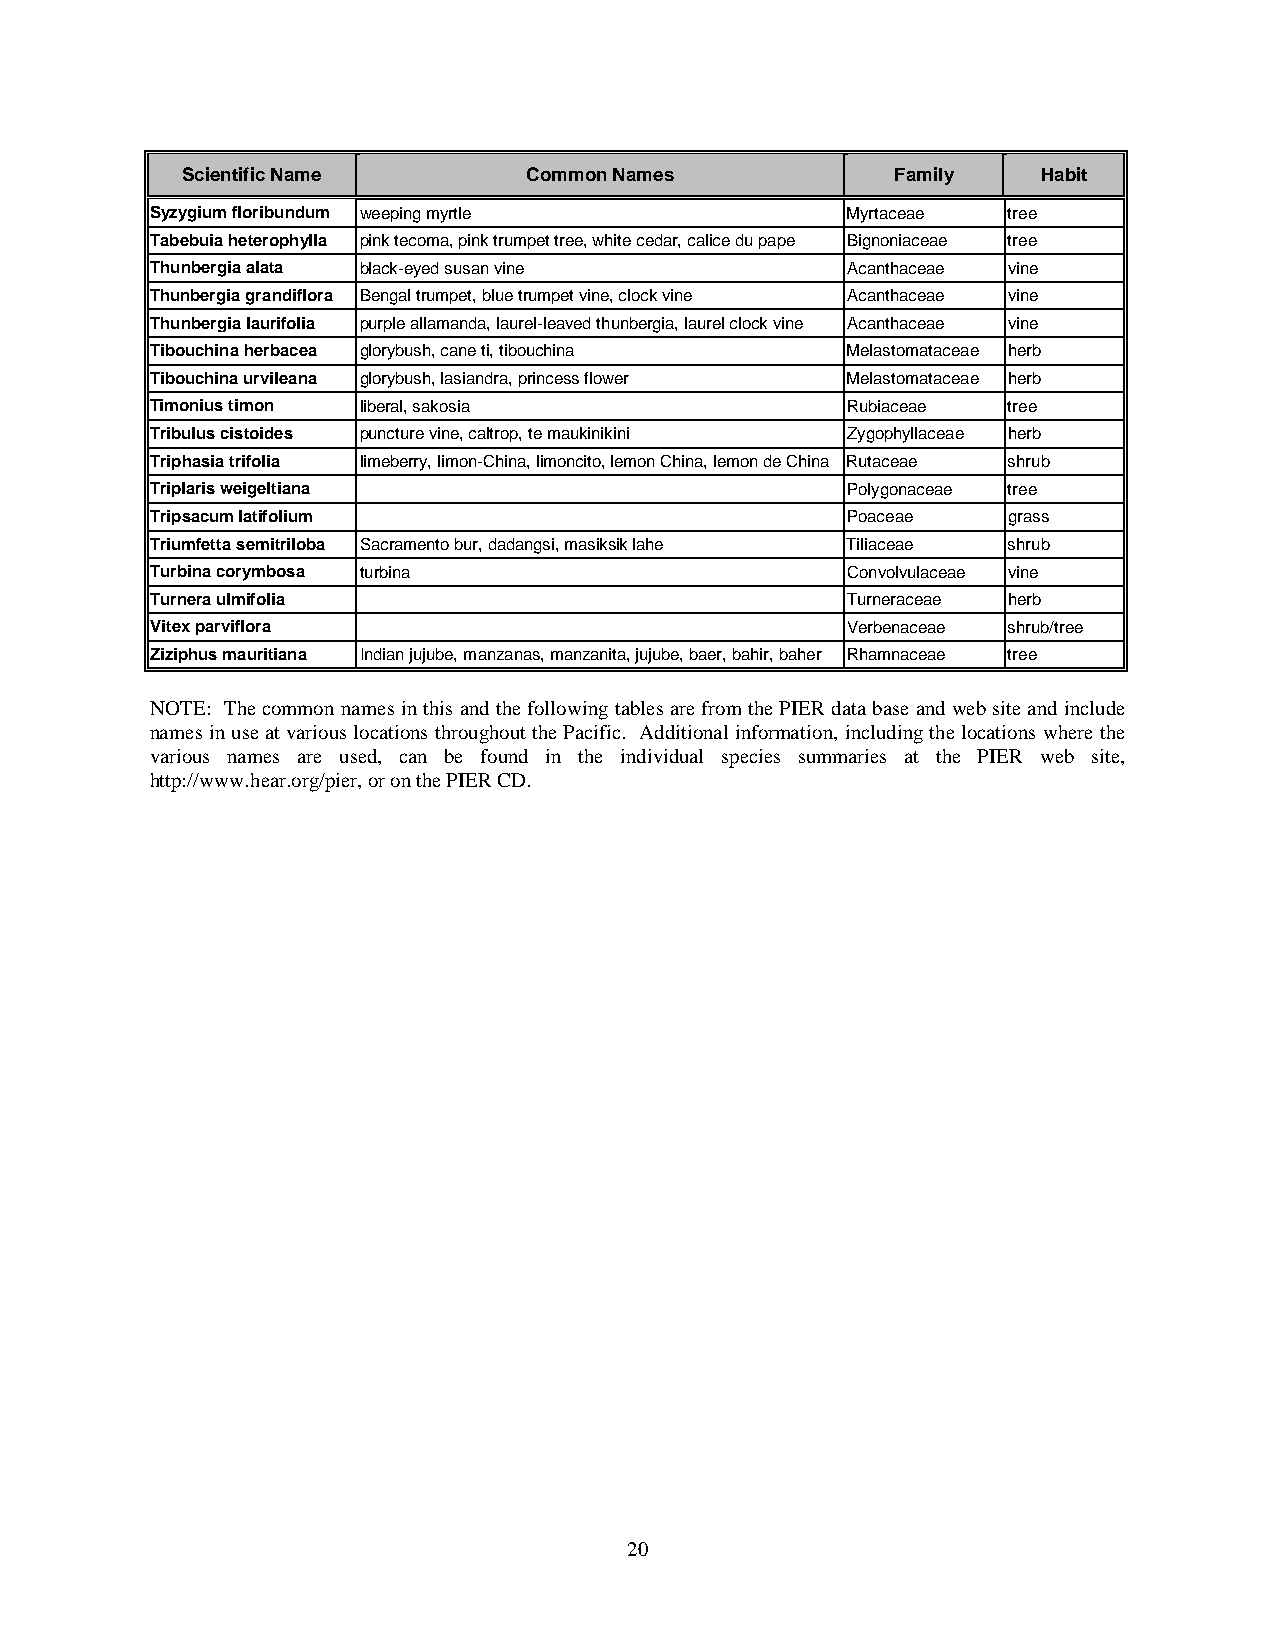
Scientific Name        Common Names            Family    Habit
 Syzygium floribundum weeping myrtle           Myrtaceae  tree
 Tabebuia heterophylla pink tecoma, pink trumpet tree, white cedar, calice du pape Bignoniaceae tree
 Thunbergia alata black-eyed susan vine        Acanthaceae vine
 Thunbergia grandiflora Bengal trumpet, blue trumpet vine, clock vine Acanthaceae vine
 Thunbergia laurifolia purple allamanda, laurel-leaved thunbergia, laurel clock vine Acanthaceae vine
 Tibouchina herbacea glorybush, cane ti, tibouchina Melastomataceae herb
 Tibouchina urvileana glorybush, lasiandra, princess flower Melastomataceae herb
 Timonius timon liberal, sakosia               Rubiaceae  tree
 Tribulus cistoides puncture vine, caltrop, te maukinikini Zygophyllaceae herb
 Triphasia trifolia limeberry, limon-China, limoncito, lemon China, lemon de China Rutaceae shrub
 Triplaris weigeltiana                         Polygonaceae tree
 Tripsacum latifolium                          Poaceae    grass
 Triumfetta semitriloba Sacramento bur, dadangsi, masiksik lahe Tiliaceae shrub
 Turbina corymbosa turbina                     Convolvulaceae vine
 Turnera ulmifolia                             Turneraceae herb
 Vitex parviflora                              Verbenaceae shrub/tree
 Ziziphus mauritiana Indian jujube, manzanas, manzanita, jujube, baer, bahir, baher Rhamnaceae tree
 NOTE: The common names in this and the following tables are from the PIER data base and web site and include
 names in use at various locations throughout the Pacific. Additional information, including the locations where the
 various names are used, can be found in the individual species summaries at the PIER web site,
 http://www.hear.org/pier, or on the PIER CD.
 20